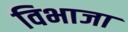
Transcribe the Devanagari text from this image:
विभाजा